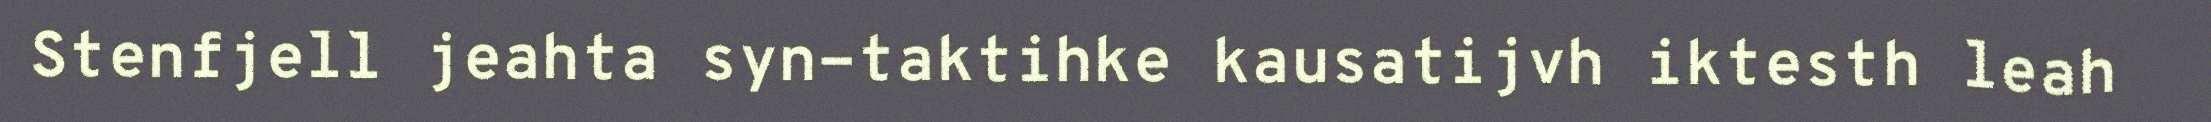
Stenfjell jeahta syn-taktihke kausatijvh iktesth leah